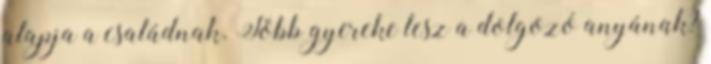
alapja a családnak. Több gyereke lesz a dolgozó anyának?